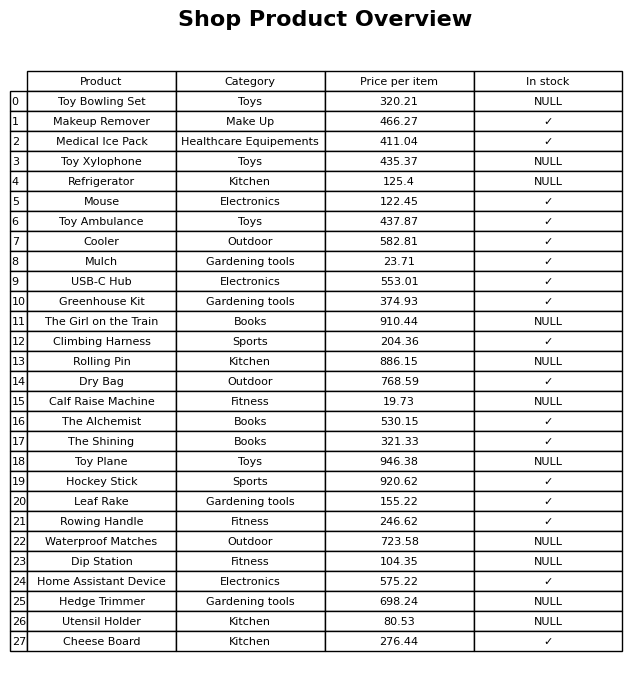
question: What is the price for Rowing Handle?
answer: The price of Rowing Handle is 246.62.